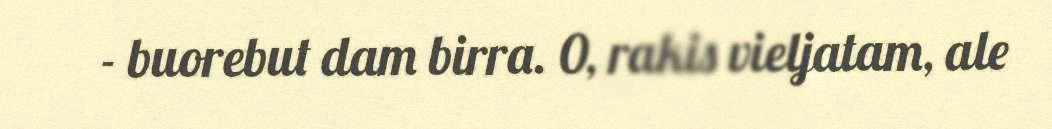
- buorebut dam birra. 0, rakis vieljatam, ale